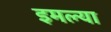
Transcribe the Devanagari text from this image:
इमल्या